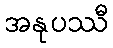
အနုပဿီ